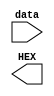
`timescale 1ns / 1ps
`define tubeDigit0 8'11111100
`define tubeDigit1 8'00001100
`define tubeDigit2 8'11011010
`define tubeDigit3 8'11110010
`define tubeDigit4 8'01100110
`define tubeDigit5 8'10110110
`define tubeDigit6 8'10111110
`define tubeDigit7 8'11100000
`define tubeDigit8 8'11111110
`define tubeDigit9 8'11110110
`define tubeDigitA 8'11101110
`define tubeDigitB 8'00111110
`define tubeDigitC 8'10011100
`define tubeDigitD 8'01111010
`define tubeDigitE 8'10011110
`define tubeDigitF 8'10001110
`define  DIV_COE 25000000
module tubeDriver(
	input [7:0]data,
	output [7:0]HEX);

endmodule